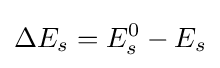
\Delta E_{s}=E_{s}^{0}-E_{s}